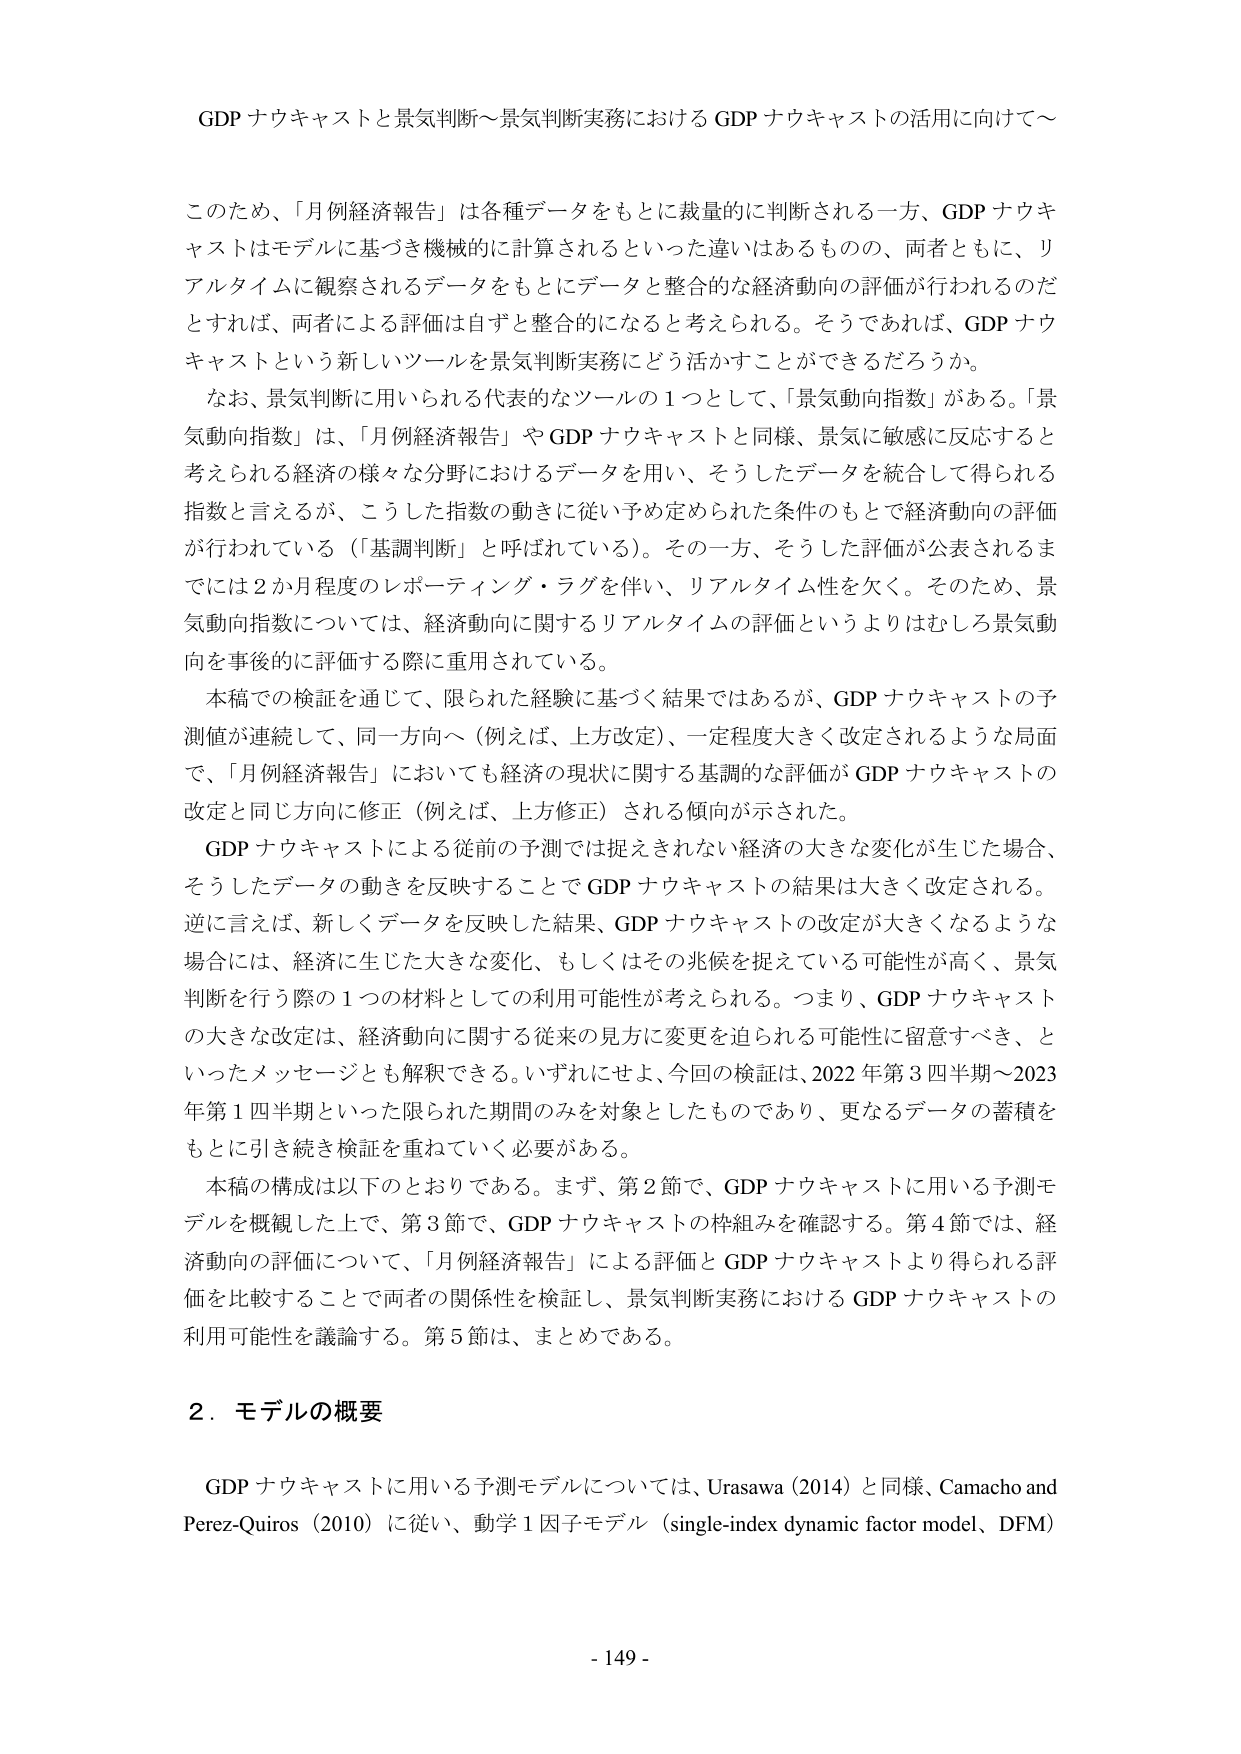
GDP ナウキャストと景気判断～景気判断実務における GDP ナウキャストの活用に向けて～

このため、「月例経済報告」は各種データをもとに裁量的に判断される一方、GDP ナウキャストはモデルに基づき機械的に計算されるといった違いはあるものの、両者ともに、リアルタイムに観察されるデータをもとにデータと整合的な経済動向の評価が行われるのだとなれば、両者による評価は自ずと整合的になると考えられる。そうであれば、GDP ナウキャストという新しいツールを景気判断実務にどう活かすことができるだろうか。

なお、景気判断に用いられる代表的なツールの1つとして、「景気動向指数」がある。「景気動向指数」は、「月例経済報告」や GDP ナウキャストと同様、景気に敏感に反応すると考えられる経済の様々な分野におけるデータを用い、そうしたデータを統合して得られる指数と言えるが、こうした指数の動きに従い予め定められた条件のもとで経済動向の評価が行われている（「基調判断」と呼ばれている）。その一方、そうした評価が公表されるまでは2か月程度のレポーティング・ラグを伴い、リアルタイム性を欠く。そのため、景気動向指数については、経済動向に関するリアルタイムの評価というよりはむしろ景気動向を事後的に評価する際に重用されている。

本稿での検証を通じて、限られた経験に基づく結果ではあるが、GDP ナウキャストの予測値が連続して、同一方向へ（例えば、上方改定）、一定程度大きく改定されるような局面で、「月例経済報告」においても経済の現状に関する基調的な評価が GDP ナウキャストの改定と同じ方向に修正（例えば、上方修正）される傾向が示された。

GDP ナウキャストによる従前の予測では捉えきれない経済の大きな変化が生じた場合、そうしたデータの動きを反映することで GDP ナウキャストの結果は大きく改定される。逆に言えば、新しくデータを反映した結果、GDP ナウキャストの改定が大きくなるような場合には、経済に生じた大きな変化、もしくはその兆候を捉えている可能性が高く、景気判断を行う際の1つの材料としての利用可能性が考えられる。つまり、GDP ナウキャストの大きな改定は、経済動向に関する従来の見方に変更を迫られる可能性に留意すべき、といったメッセージとも解釈できる。いずれにせよ、今回の検証は、2022年第3四半期～2023年第1四半期といった限られた期間のみを対象としたものであり、更なるデータの蓄積をもとに引き続き検証を重ねていく必要がある。

本稿の構成は以下のとおりである。まず、第2節で、GDP ナウキャストに用いる予測モデルを概観した上で、第3節で、GDP ナウキャストの枠組みを確認する。第4節では、経済動向の評価について、「月例経済報告」による評価と GDP ナウキャストより得られる評価を比較することで両者の関係性を検証し、景気判断実務における GDP ナウキャストの利用可能性を議論する。第5節は、まとめである。

2．モデルの概要

GDP ナウキャストに用いる予測モデルについては、Urasawa (2014) と同様、Camacho and Perez-Quiros (2010) に従い、動学1因子モデル（single-index dynamic factor model、DFM）

- 149 -